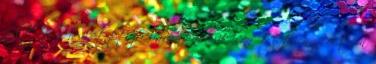
állt be a feslett ifjú báró Frederik von Metzengerstein